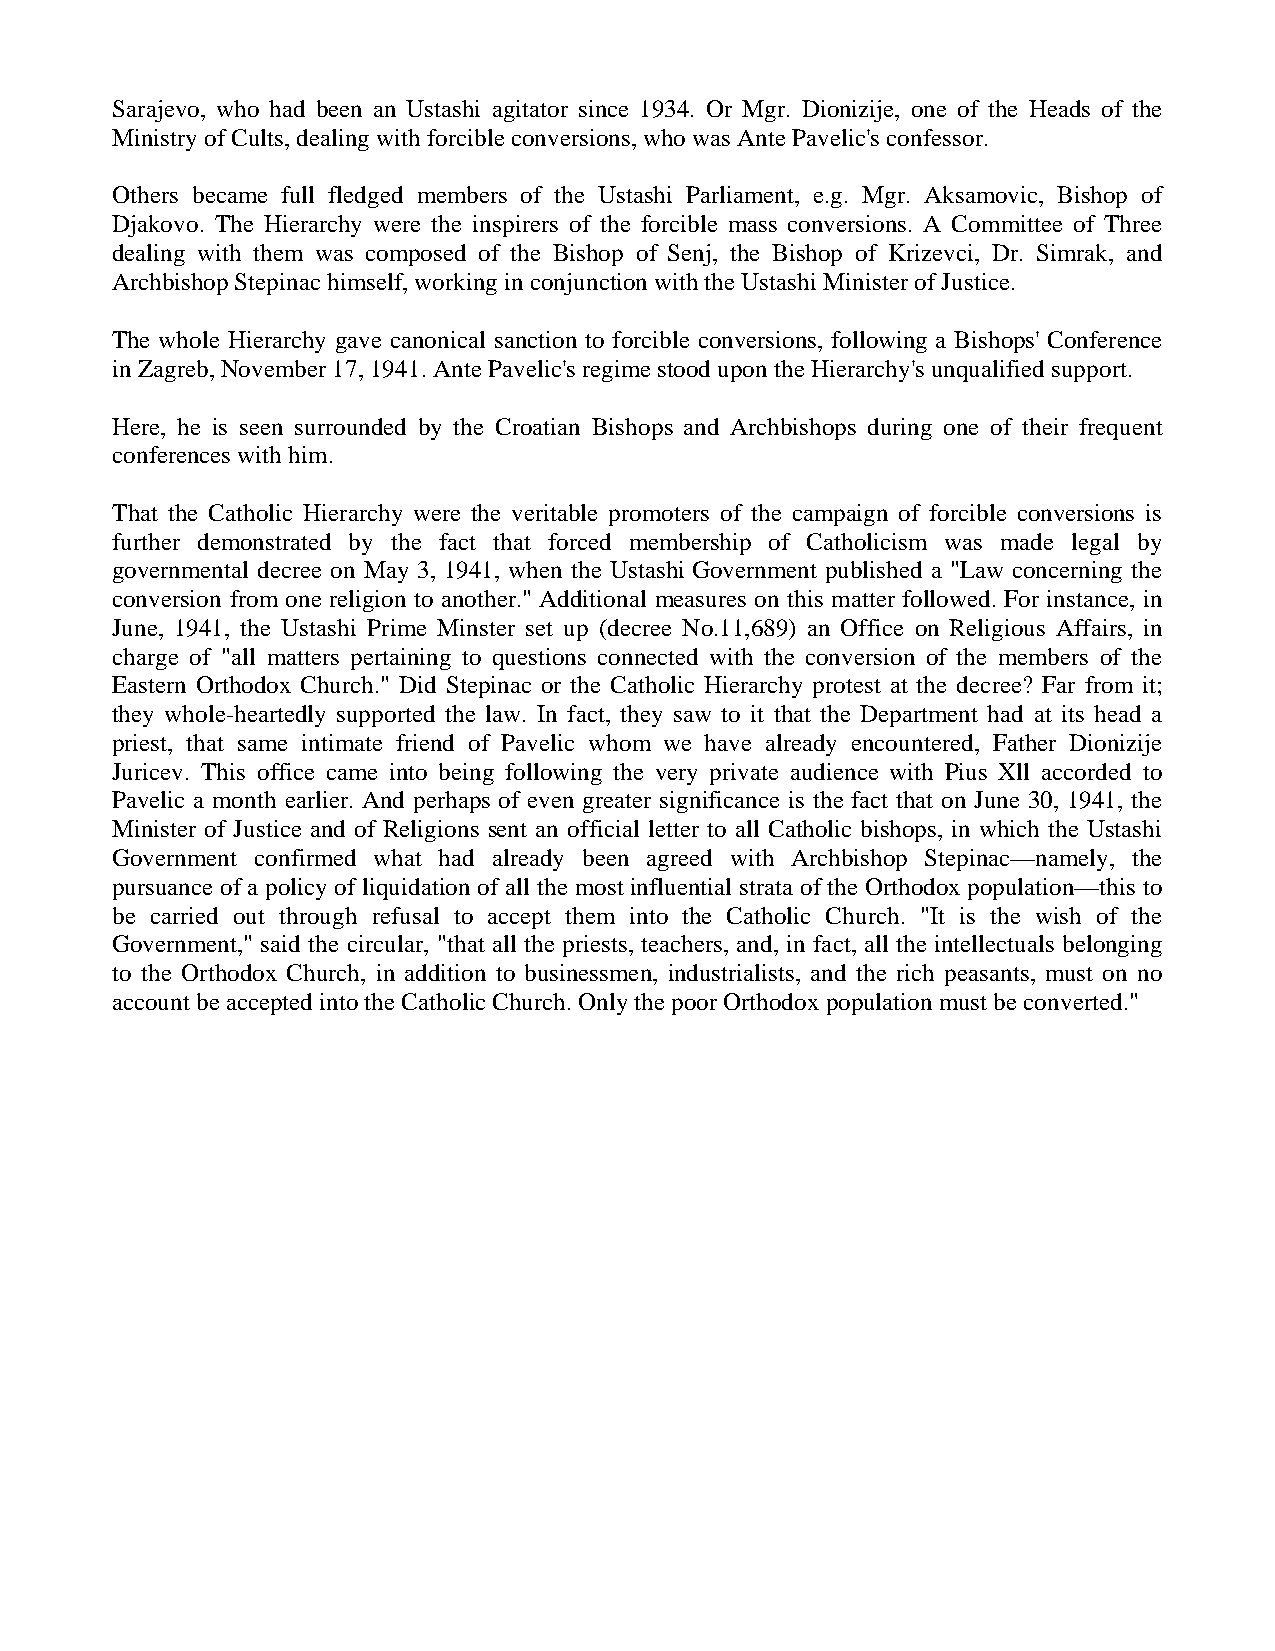
Sarajevo, who had been an Ustashi agitator since 1934. Or Mgr. Dionizije, one of the Heads of the
 Ministry of Cults, dealing with forcible conversions, who was Ante Pavelic's confessor.
 Others became full fledged members of the Ustashi Parliament, e.g. Mgr. Aksamovic, Bishop of
 Djakovo. The Hierarchy were the inspirers of the forcible mass conversions. A Committee of Three
 dealing with them was composed of the Bishop of Senj, the Bishop of Krizevci, Dr. Simrak, and
 Archbishop Stepinac himself, working in conjunction with the Ustashi Minister of Justice.
 The whole Hierarchy gave canonical sanction to forcible conversions, following a Bishops' Conference
 in Zagreb, November 17, 1941. Ante Pavelic's regime stood upon the Hierarchy's unqualified support.
 Here, he is seen surrounded by the Croatian Bishops and Archbishops during one of their frequent
 conferences with him.
 That the Catholic Hierarchy were the veritable promoters of the campaign of forcible conversions is
 further demonstrated by the fact that forced membership of Catholicism was made legal by
 governmental decree on May 3, 1941, when the Ustashi Government published a "Law concerning the
 conversion from one religion to another." Additional measures on this matter followed. For instance, in
 June, 1941, the Ustashi Prime Minster set up (decree No.11,689) an Office on Religious Affairs, in
 charge of "all matters pertaining to questions connected with the conversion of the members of the
 Eastern Orthodox Church." Did Stepinac or the Catholic Hierarchy protest at the decree? Far from it;
 they whole-heartedly supported the law. In fact, they saw to it that the Department had at its head a
 priest, that same intimate friend of Pavelic whom we have already encountered, Father Dionizije
 Juricev. This office came into being following the very private audience with Pius Xll accorded to
 Pavelic a month earlier. And perhaps of even greater significance is the fact that on June 30, 1941, the
 Minister of Justice and of Religions sent an official letter to all Catholic bishops, in which the Ustashi
 Government confirmed what had already been agreed with Archbishop Stepinac—namely, the
 pursuance of a policy of liquidation of all the most influential strata of the Orthodox population—this to
 be carried out through refusal to accept them into the Catholic Church. "It is the wish of the
 Government," said the circular, "that all the priests, teachers, and, in fact, all the intellectuals belonging
 to the Orthodox Church, in addition to businessmen, industrialists, and the rich peasants, must on no
 account be accepted into the Catholic Church. Only the poor Orthodox population must be converted."